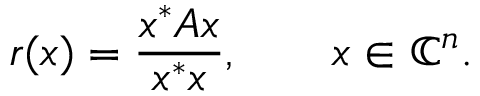
r ( x ) = { \frac { x ^ { * } A x } { x ^ { * } x } } , \qquad x \in \mathbb { C } ^ { n } .